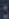
: